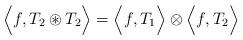
LaTeX: \begin{align*}\Big\langle f, T_2 \circledast T_2 \Big\rangle = \Big\langle f, T_1 \Big\rangle \otimes \Big\langle f, T_2 \Big\rangle\end{align*}